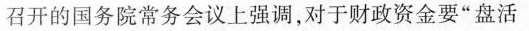
召开的国务院常务会议上强调，对于财政资金要”盘活